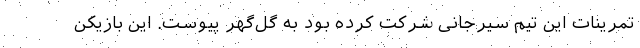
تمرینات این تیم سیرجانی شرکت کرده بود به گل‌گهر پیوست. این بازیکن